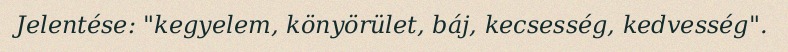
Jelentése: "kegyelem, könyörület, báj, kecsesség, kedvesség".